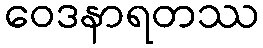
ဝေဒနာရတဿ